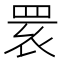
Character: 𦊷